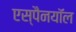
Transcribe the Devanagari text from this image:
एस्पैनयॉल